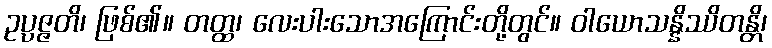
ဥပ္ပဇ္ဇတိ၊ ဖြစ်၏။ တတ္ထ၊ လေးပါးသောအကြောင်းတို့တွင်။ ဝါယောသန္နိဿိတန္တိ၊